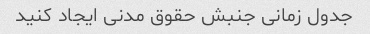
جدول زمانی جنبش حقوق مدنی ایجاد کنید